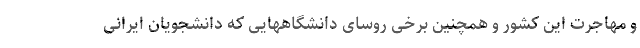
و مهاجرت این کشور و همچنین برخی روسای دانشگاههایی که دانشجویان ایرانی